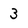
Character: 3